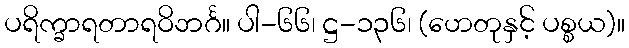
ပရိက္ခာရတာရဝိဘင်္ဂ။ ပါ-၆၆၊ ဋ္ဌ-၁၃၆၊ (ဟေတုနှင့် ပစ္စယ)။